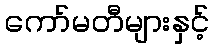
ကော်မတီများနှင့်